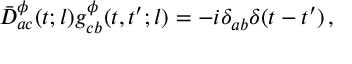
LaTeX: \bar { \cal D } _ { a c } ^ { \phi } ( t ; l ) g _ { c b } ^ { \phi } ( t , t ^ { \prime } ; l ) = - i \delta _ { a b } \delta ( t - t ^ { \prime } ) \, ,